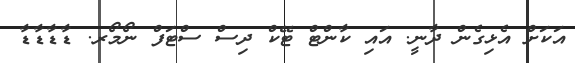
އަކަށް އެޅިގެން ދާނީ. އައި ކާންޓް ޓޭކް ދިސް ސްޓަފް ނޯމޯރ. ޑާޑާޑާޑާ